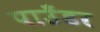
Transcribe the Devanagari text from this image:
पाउँडर